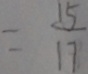
= \frac { 1 5 } { 1 7 }